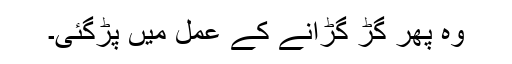
وہ پھر گڑ گڑانے کے عمل میں پڑگئی۔